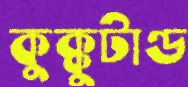
কুক্কুটাণ্ড